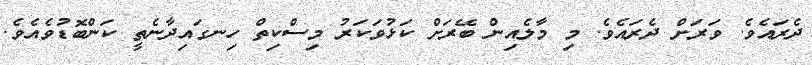
ދެރައެވެ. ވަރަށް ދެރައެވެ. މި މާލެއިން ބޭރަށް ކަޅުވަކަރު މިސްކިތް ހިނގައިދާނެތީ ކަންބޮޑުވެއެވެ.